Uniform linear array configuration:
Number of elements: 24
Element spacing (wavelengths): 0.5
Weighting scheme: binomial
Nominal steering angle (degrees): -45
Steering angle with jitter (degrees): -43.205
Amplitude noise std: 0.05
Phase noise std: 0.05

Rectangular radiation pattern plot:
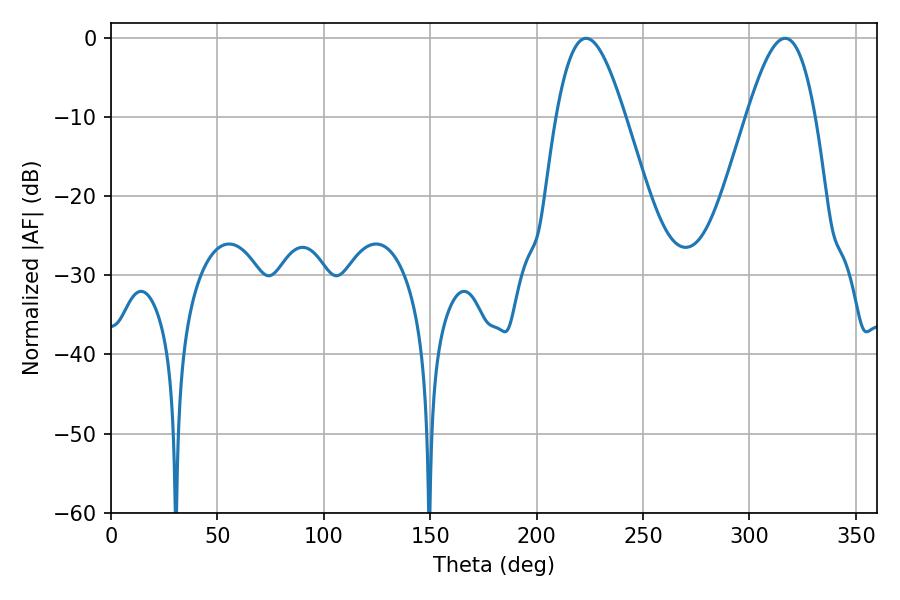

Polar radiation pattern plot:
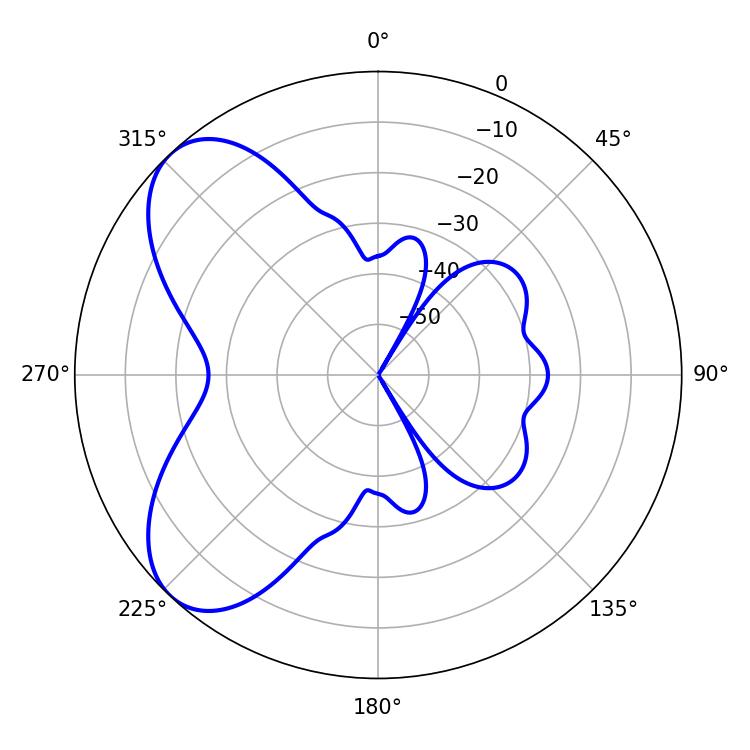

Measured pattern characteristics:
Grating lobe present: FALSE
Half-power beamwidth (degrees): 17.46
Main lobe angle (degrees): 223.2